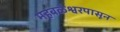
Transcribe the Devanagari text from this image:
महबळेश्वरपासून